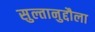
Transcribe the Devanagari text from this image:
सुल्तानुद्दौला